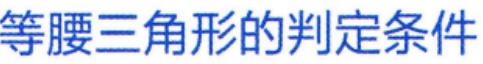
等腰三角形的判定条件